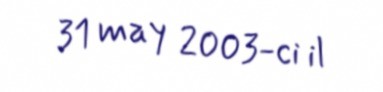
31 may 2003-ci il